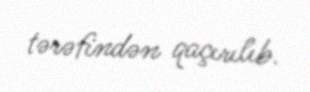
tərəfindən qaçırılıb.